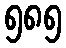
၅၈၅